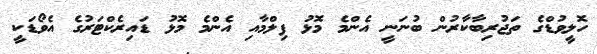
ހޮލީވުޑްގެ ތަޖުރިބާކާރުން ބުނަނީ އެންމެ މޮޅު ފިލްމާއި އެންމެ މޮޅު ޑައިރެކްޓަރުގެ އެވޯޑަކީ